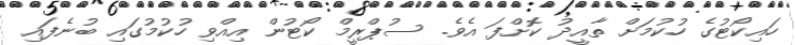
ހައިކޯޓުގެ ހުކުމަށް ތާއީދު ކޮށްފަ އެވެ. ސުޕްރީމް ކޯޓުން އިއްވި ހުކުމުގައި ބުނެފައި